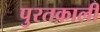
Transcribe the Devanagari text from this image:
पुरतक़ाली